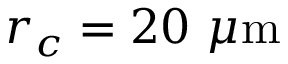
r _ { c } = 2 0 ~ \mu \mathrm { m }